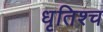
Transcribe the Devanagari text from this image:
धृतिश्च